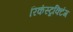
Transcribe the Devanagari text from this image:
रिकंस्ट्रक्टिंग